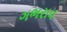
ગભરાવ